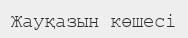
Жауқазын көшесі